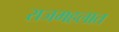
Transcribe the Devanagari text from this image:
राजमहलात